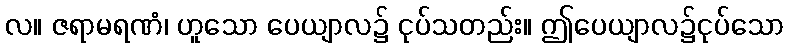
လ။ ဇရာမရဏံ၊ ဟူသော ပေယျာလ၌ ငုပ်သတည်း။ ဤပေယျာလ၌ငုပ်သော